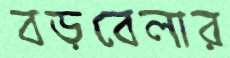
বড়বেলার